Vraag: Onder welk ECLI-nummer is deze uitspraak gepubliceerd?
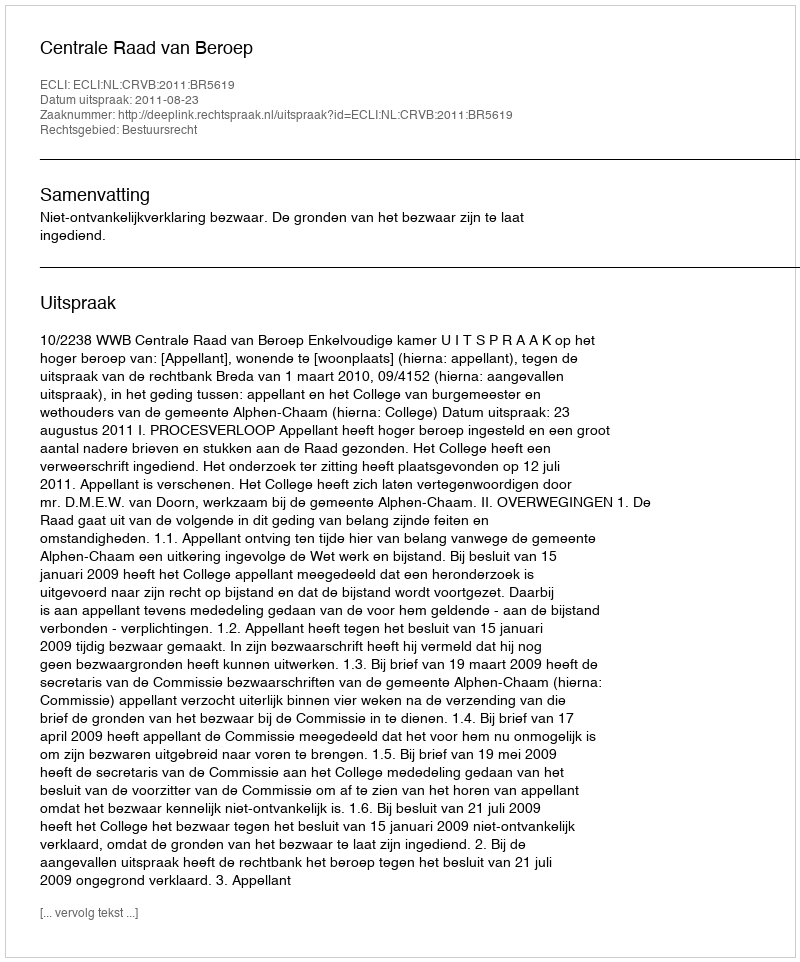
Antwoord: ECLI:NL:CRVB:2011:BR5619